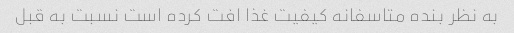
به نظر بنده متاسفانه کیفیت غذا افت کرده است نسبت به قبل